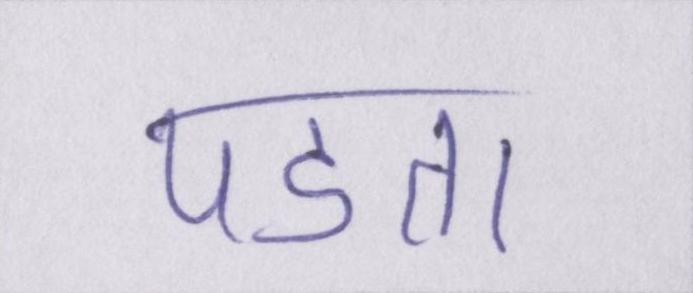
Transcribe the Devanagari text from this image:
पडता